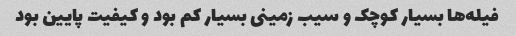
فیله‌ها بسیار کوچک و سیب زمینی بسیار کم بود و کیفیت پایین بود